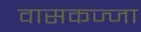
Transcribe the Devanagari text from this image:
वासकज्जा